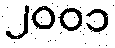
၂၀၀၁